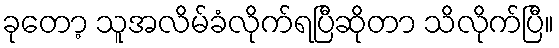
ခုတော့ သူအလိမ်ခံလိုက်ရပြီဆိုတာ သိလိုက်ပြီ။